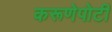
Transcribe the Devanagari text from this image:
करूणेपोटी